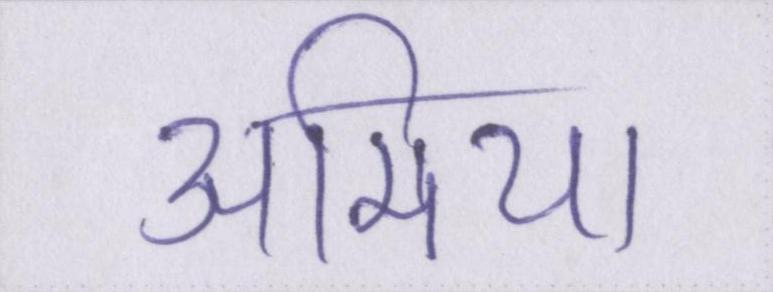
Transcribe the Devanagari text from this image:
अमिया